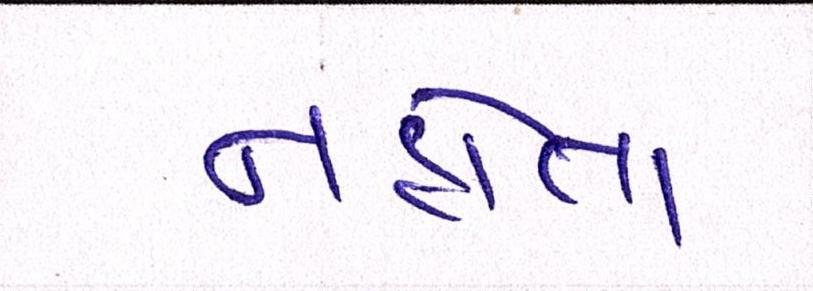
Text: નહોતા